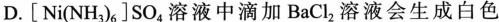
D.[Ni(NH_{3})_{6}]SO_{4}溶液中滴加BaCl_{2}溶液会生成白色